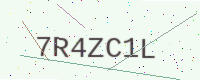
Text: 7R4ZC1L